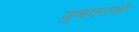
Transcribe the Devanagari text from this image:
गुणाकाराशी